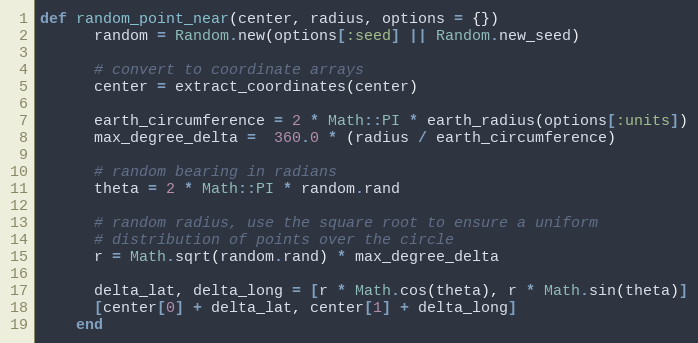
Language: Ruby
def random_point_near(center, radius, options = {})
      random = Random.new(options[:seed] || Random.new_seed)

      # convert to coordinate arrays
      center = extract_coordinates(center)

      earth_circumference = 2 * Math::PI * earth_radius(options[:units])
      max_degree_delta =  360.0 * (radius / earth_circumference)

      # random bearing in radians
      theta = 2 * Math::PI * random.rand

      # random radius, use the square root to ensure a uniform
      # distribution of points over the circle
      r = Math.sqrt(random.rand) * max_degree_delta

      delta_lat, delta_long = [r * Math.cos(theta), r * Math.sin(theta)]
      [center[0] + delta_lat, center[1] + delta_long]
    end